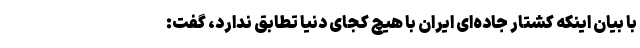
با بیان اینکه کشتار جاده‌ای ایران با هیچ کجای دنیا تطابق ندارد، گفت: